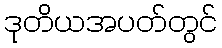
ဒုတိယအပတ်တွင်